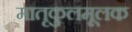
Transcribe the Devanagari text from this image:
मातृकुलमूलक